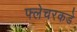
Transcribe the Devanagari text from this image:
फ्लेचरकडे